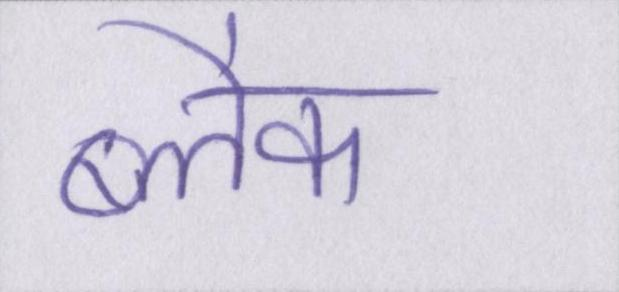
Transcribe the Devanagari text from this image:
ब्लैक